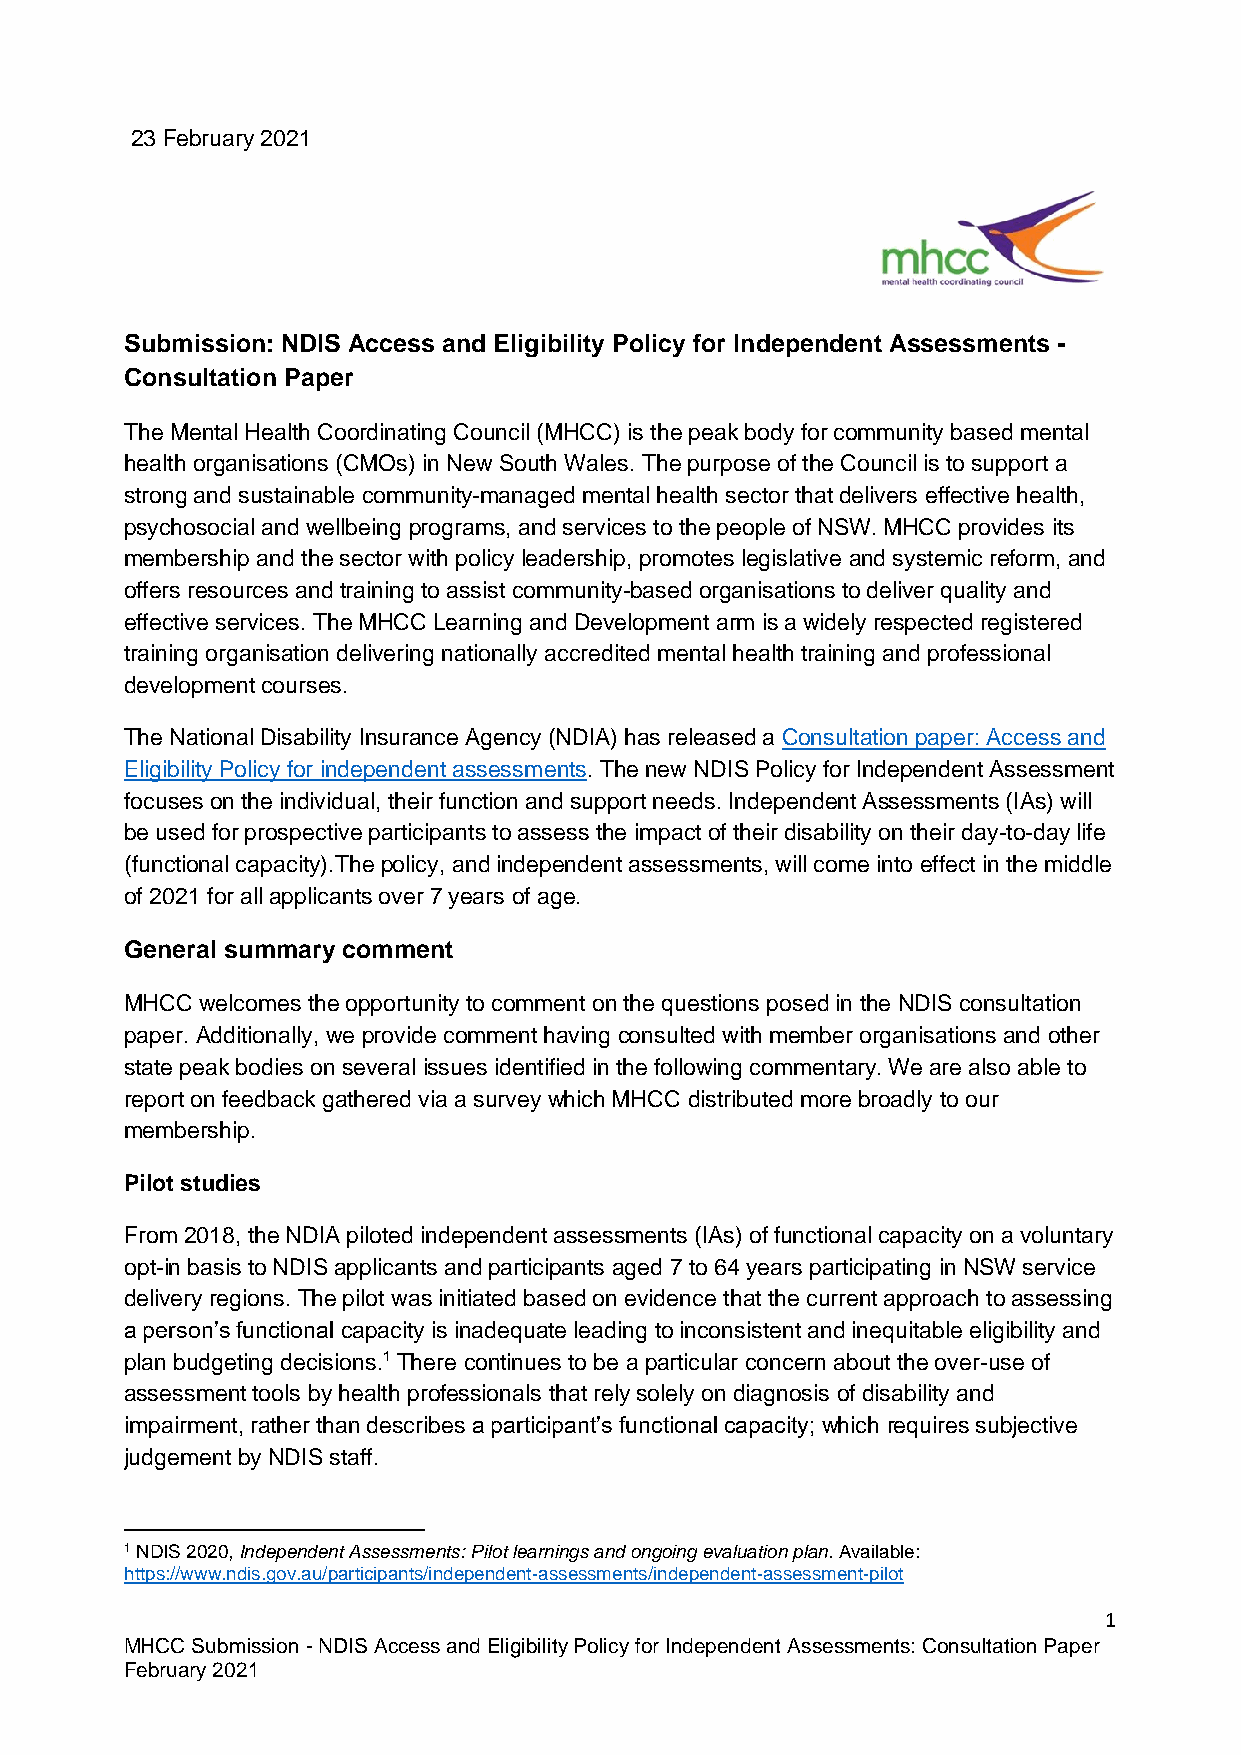
23 February 2021
 Submission: NDIS Access and Eligibility Policy for Independent Assessments -
 Consultation Paper
 The Mental Health Coordinating Council (MHCC) is the peak body for community based mental
 health organisations (CMOs) in New South Wales. The purpose of the Council is to support a
 strong and sustainable community-managed mental health sector that delivers effective health,
 psychosocial and wellbeing programs, and services to the people of NSW. MHCC provides its
 membership and the sector with policy leadership, promotes legislative and systemic reform, and
 offers resources and training to assist community-based organisations to deliver quality and
 effective services. The MHCC Learning and Development arm is a widely respected registered
 training organisation delivering nationally accredited mental health training and professional
 development courses.
 The National Disability Insurance Agency (NDIA) has released a Consultation paper: Access and
 Eligibility Policy for independent assessments. The new NDIS Policy for Independent Assessment
 focuses on the individual, their function and support needs. Independent Assessments (IAs) will
 be used for prospective participants to assess the impact of their disability on their day-to-day life
 (functional capacity).The policy, and independent assessments, will come into effect in the middle
 of 2021 for all applicants over 7 years of age.
 General summary comment
 MHCC welcomes the opportunity to comment on the questions posed in the NDIS consultation
 paper. Additionally, we provide comment having consulted with member organisations and other
 state peak bodies on several issues identified in the following commentary. We are also able to
 report on feedback gathered via a survey which MHCC distributed more broadly to our
 membership.
 Pilot studies
 From 2018, the NDIA piloted independent assessments (IAs) of functional capacity on a voluntary
 opt-in basis to NDIS applicants and participants aged 7 to 64 years participating in NSW service
 delivery regions. The pilot was initiated based on evidence that the current approach to assessing
 a person’s functional capacity is inadequate leading to inconsistent and inequitable eligibility and
 plan budgeting decisions.1 There continues to be a particular concern about the over-use of
 assessment tools by health professionals that rely solely on diagnosis of disability and
 impairment, rather than describes a participant’s functional capacity; which requires subjective
 judgement by NDIS staff.
 1 NDIS 2020, Independent Assessments: Pilot learnings and ongoing evaluation plan. Available:
 https://www.ndis.gov.au/participants/independent-assessments/independent-assessment-pilot
 1
 MHCC Submission - NDIS Access and Eligibility Policy for Independent Assessments: Consultation Paper
 February 2021